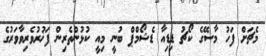
މެޗަށް ފަހު މާސޭގެ ކޯޗު ޑިޑިއާ ޑެޝޯމްޕް ބުނީ މިއީ ކުޅުންތެރިން ފަޚުރުވެރިވާވަރުގެ